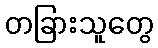
တခြားသူတွေ